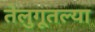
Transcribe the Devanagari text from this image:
तेलुगूतल्या